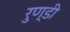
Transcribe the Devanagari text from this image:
रुण्डी